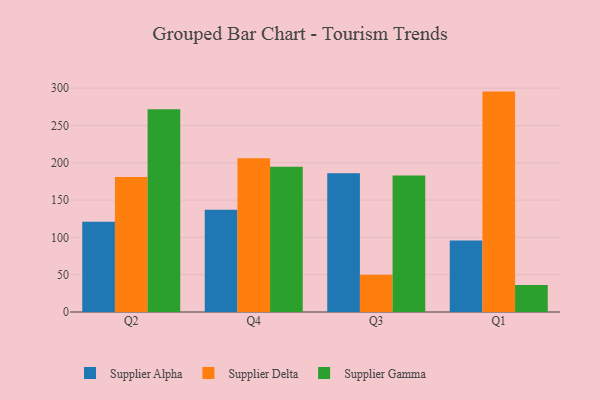
{"axis": {"x": "Quarter", "y": "Operating Costs (USD K)"}, "legend": ["Supplier Alpha", "Supplier Delta", "Supplier Gamma"], "data": [{"x": "Q2", "y": 120.9, "type": "Supplier Alpha"}, {"x": "Q2", "y": 180.9, "type": "Supplier Delta"}, {"x": "Q2", "y": 271.6, "type": "Supplier Gamma"}, {"x": "Q4", "y": 137.0, "type": "Supplier Alpha"}, {"x": "Q4", "y": 206.1, "type": "Supplier Delta"}, {"x": "Q4", "y": 194.8, "type": "Supplier Gamma"}, {"x": "Q3", "y": 185.9, "type": "Supplier Alpha"}, {"x": "Q3", "y": 50.0, "type": "Supplier Delta"}, {"x": "Q3", "y": 182.8, "type": "Supplier Gamma"}, {"x": "Q1", "y": 95.8, "type": "Supplier Alpha"}, {"x": "Q1", "y": 295.4, "type": "Supplier Delta"}, {"x": "Q1", "y": 36.3, "type": "Supplier Gamma"}]}